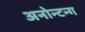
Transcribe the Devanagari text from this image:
अनोन्टन्ग